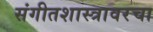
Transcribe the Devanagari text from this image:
संगीतशास्त्रावरचा